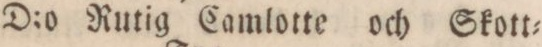
” ” D:o Rutig Camlotte och Skott=